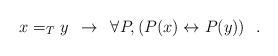
LaTeX: \begin{align*} x =_T y \enspace \to \enspace \forall P, \left(P(x) \leftrightarrow P(y)\right) \enspace .\end{align*}